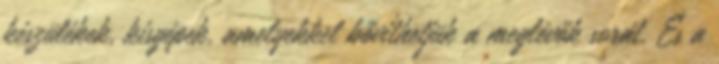
készülékek, kisgépek, amelyekkel bővíthetjük a meglévők sorát. És a